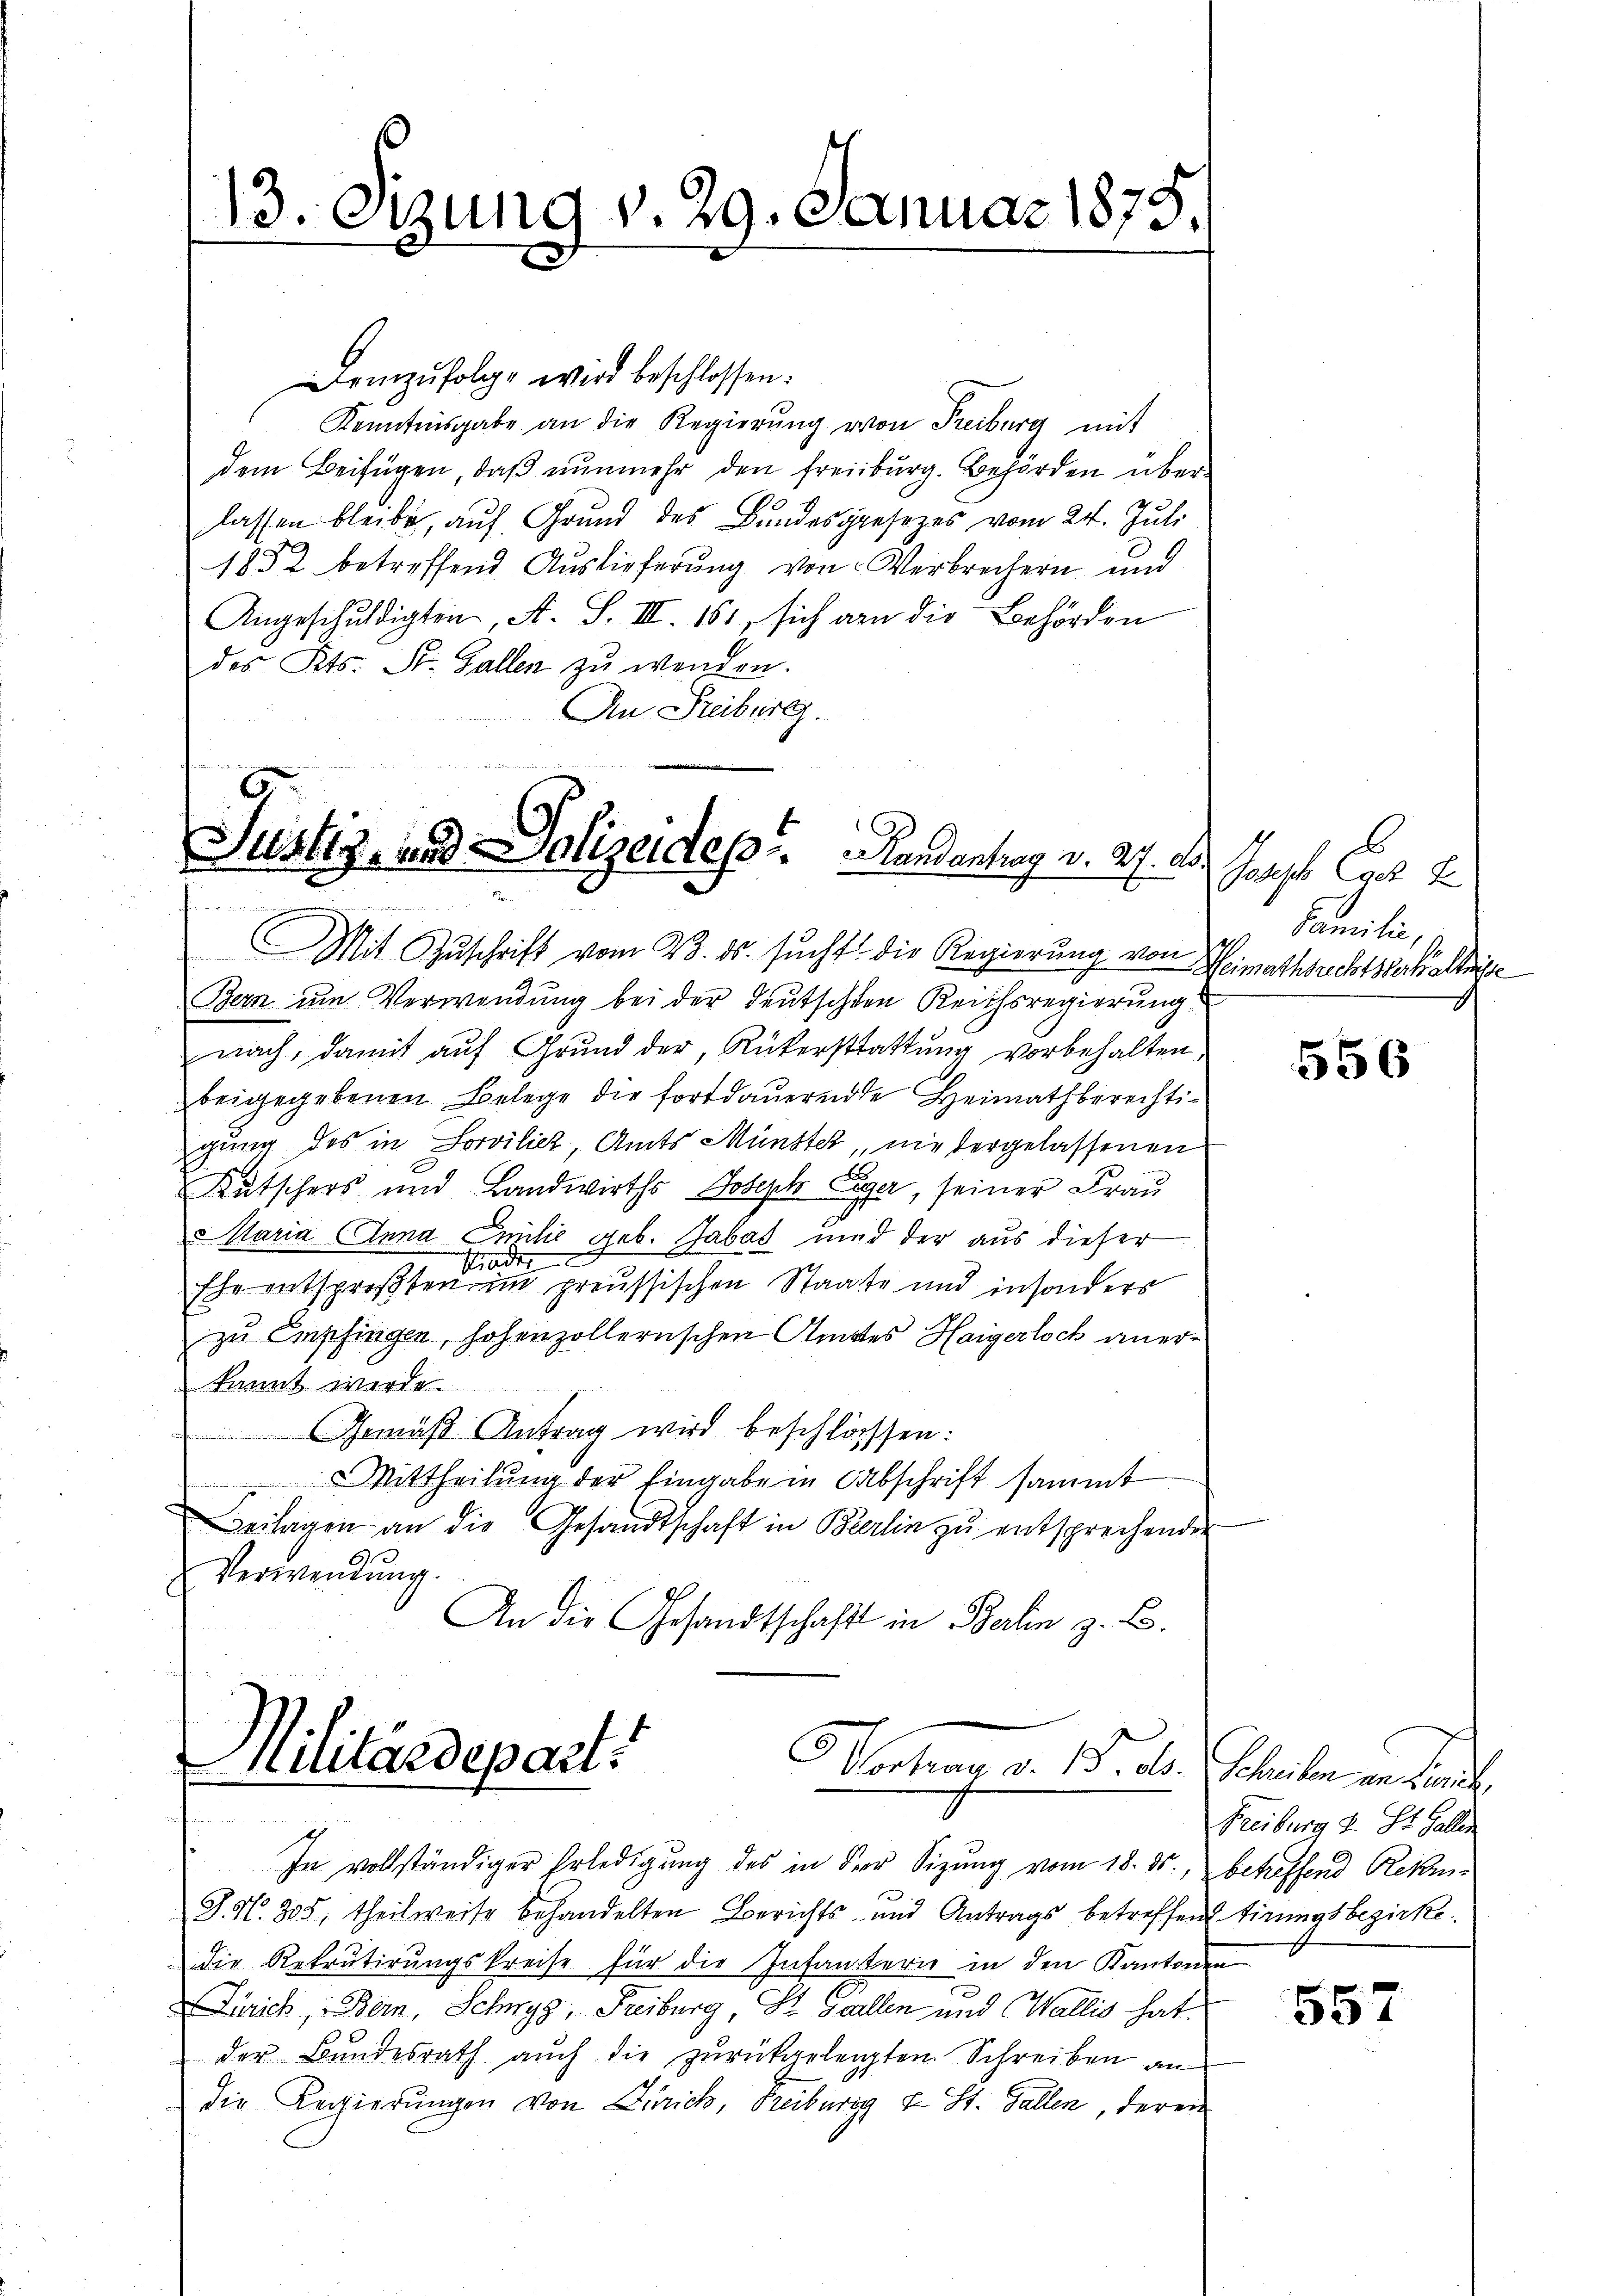
13. etzung v. 29. Januar 1875.

Demzufolge wird beschlossen:
Kenntnisgabe an die Regierŭng von Freiburg mit
dem Beifügen, daß nunmehr den Freiburg. Behörden überlassen bleibe, auf Grund des Bundesgesezes vom 24. Juli
1852 betreffend Auslieferung von Verbrechern und
Angeschuldigten, A. S. III. 161, sich an die Behörden
des Kts. St. Gallen zu wenden.
An Freiburg.

6
Justiz- und Polizeides Handantrag v. 27. d.
2

Militärdepart
Hosen d. 15. d.

Mit Zŭschrift vom 23. ds. sucht. Die Regierung von Heimathsuchtsverhältnisge
Bern um Verwendung bei der Deutschten Reichsregierung
nach, damit auf Grund der Rükerstattung vorbehalten,
beigegebenen Belege die fortdauernde Heimathberechtigung des in Sorviliez, Amts Münster, niedergelassenen
Kutschers und Landwirths Joseph Eiger, seiner Frau
aria Anna Emilić geb. Gabas und der aus dieser
Struder
Ehe entsprosten im preussischen Staate und insonders
zu Empfingen, hohenzollernschen Amtes Haigerloch anerkannt werde.
Gemäß Antrag wird beschlosssen:
MMittheilŭng der Eingabe in Abschrift sammt
Beilagen an die Gesandtschaft in Berlin zu entsprechender
Verwendung.
An die Gesandtschaft in Berlin z. B.

In vollständiger Erledigung des in der Sitzung vom 18. ds., betreffend Rekur¬
J. N. 305, theilweise behandelten Berichts- und Antrags betreffend tirungsbezirke.
Die Rekrutirungskreise für die Infanterie in den Kantonen
Zürich, Bern, Schwyz, Freiburg, St. Gallen und Wallis hat
der Bundesrath auch die zurückgelegten Schreiben an
die Regierungen von Zürich, Freiburg v. St. Gallen, derein

b
Joseph Eger E
Familie,

556

Schreiben in Landte
Freiburg u St. Gallen

557